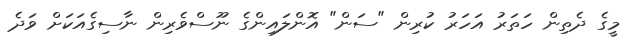
މީގެ ދެތިން ހަތަރު އަހަރު ކުރިން "ސަން" އޮންލައިންގެ ނޫސްވެރިން ނާސިގެއަކަށް ވަދެ